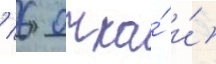
/ 6 очка́ и́